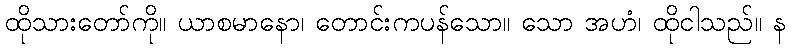
ထိုသားတော်ကို။ ယာစမာနော၊ တောင်းကပန်သော။ သော အဟံ၊ ထိုငါသည်။ န